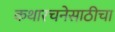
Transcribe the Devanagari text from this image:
कथारचनेसाठीचा